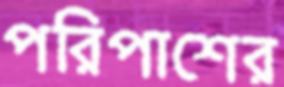
পরিপাশের